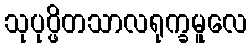
သုပုပ္ဖိတသာလရုက္ခမူလေ